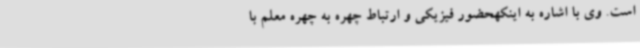
است. وی با اشاره به اینکهحضور فیزیکی و ارتباط چهره به چهره معلم با